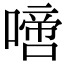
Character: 𠽜